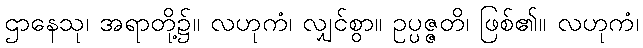
ဌာနေသု၊ အရာတို့၌။ လဟုကံ၊ လျှင်စွာ။ ဥပ္ပဇ္ဇတိ၊ ဖြစ်၏။ လဟုကံ၊